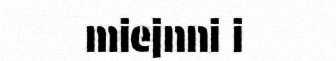
miejnni i